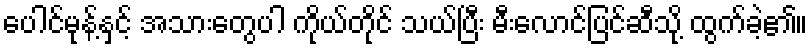
ပေါင်မုန့်နှင့် အသားတွေပါ ကိုယ်တိုင် သယ်ပြီး မီးလောင်ပြင်ဆီသို့ ထွက်ခဲ့၏။